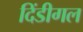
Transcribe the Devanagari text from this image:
दिंडीगल